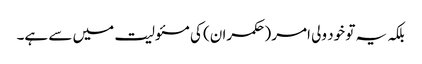
بلکہ یہ تو خود ولی امر (حکمران) کی مسئولیت میں سے ہے۔